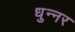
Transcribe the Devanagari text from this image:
धुन्नर